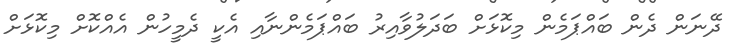
ދޭނަން ދެން ބައްޕަމެން މިކޮޅަށް ބަދަލުވާއިރު ބައްޕަމެންނާއި އެކީ ދެމީހުން އެއްކޮށް މިކޮޅަށް